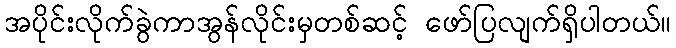
အပိုင်းလိုက်ခွဲကာအွန်လိုင်းမှတစ်ဆင့် ဖော်ပြလျက်ရှိပါတယ်။